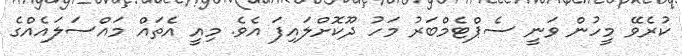
ކުރެވޭ މީހުން ވަނީ ސެޕްޓެމްބަރު މަހު ދޫކޮށްލައިފަ އެވެ. މިއީ އެތައް މައްސަލައެއްގެ